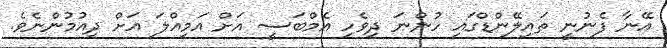
އޭނާ ފެނުނީ ތައިލޭންޑްގައި ހުންނަ ދިވެހި އެމްބަސީ އަށް އަމިއްލަ އަަށް ދިއުމުންނެވެ.